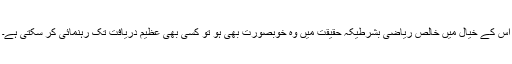
اس کے خیال میں خالص ریاضی بشرطیکہ حقیقت میں وہ خوبصورت بھی ہو تو کسی بھی عظیم دریافت تک رہنمائی کر سکتی ہے۔